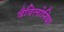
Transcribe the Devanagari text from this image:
वैबिलोनिया